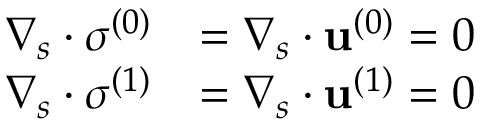
\begin{array} { r l } { \boldsymbol { \nabla } _ { s } \boldsymbol { \cdot } { \boldsymbol { \sigma } ^ { ( 0 ) } } } & { = \boldsymbol { \nabla } _ { s } \boldsymbol { \cdot } \mathbf { u } ^ { ( 0 ) } = 0 } \\ { \boldsymbol { \nabla } _ { s } \boldsymbol { \cdot } { \boldsymbol { \sigma } ^ { ( 1 ) } } } & { = \boldsymbol { \nabla } _ { s } \boldsymbol { \cdot } \mathbf { u } ^ { ( 1 ) } = 0 } \end{array}